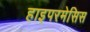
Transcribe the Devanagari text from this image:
हाइपरमेसिस